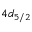
4 d _ { 5 / 2 }